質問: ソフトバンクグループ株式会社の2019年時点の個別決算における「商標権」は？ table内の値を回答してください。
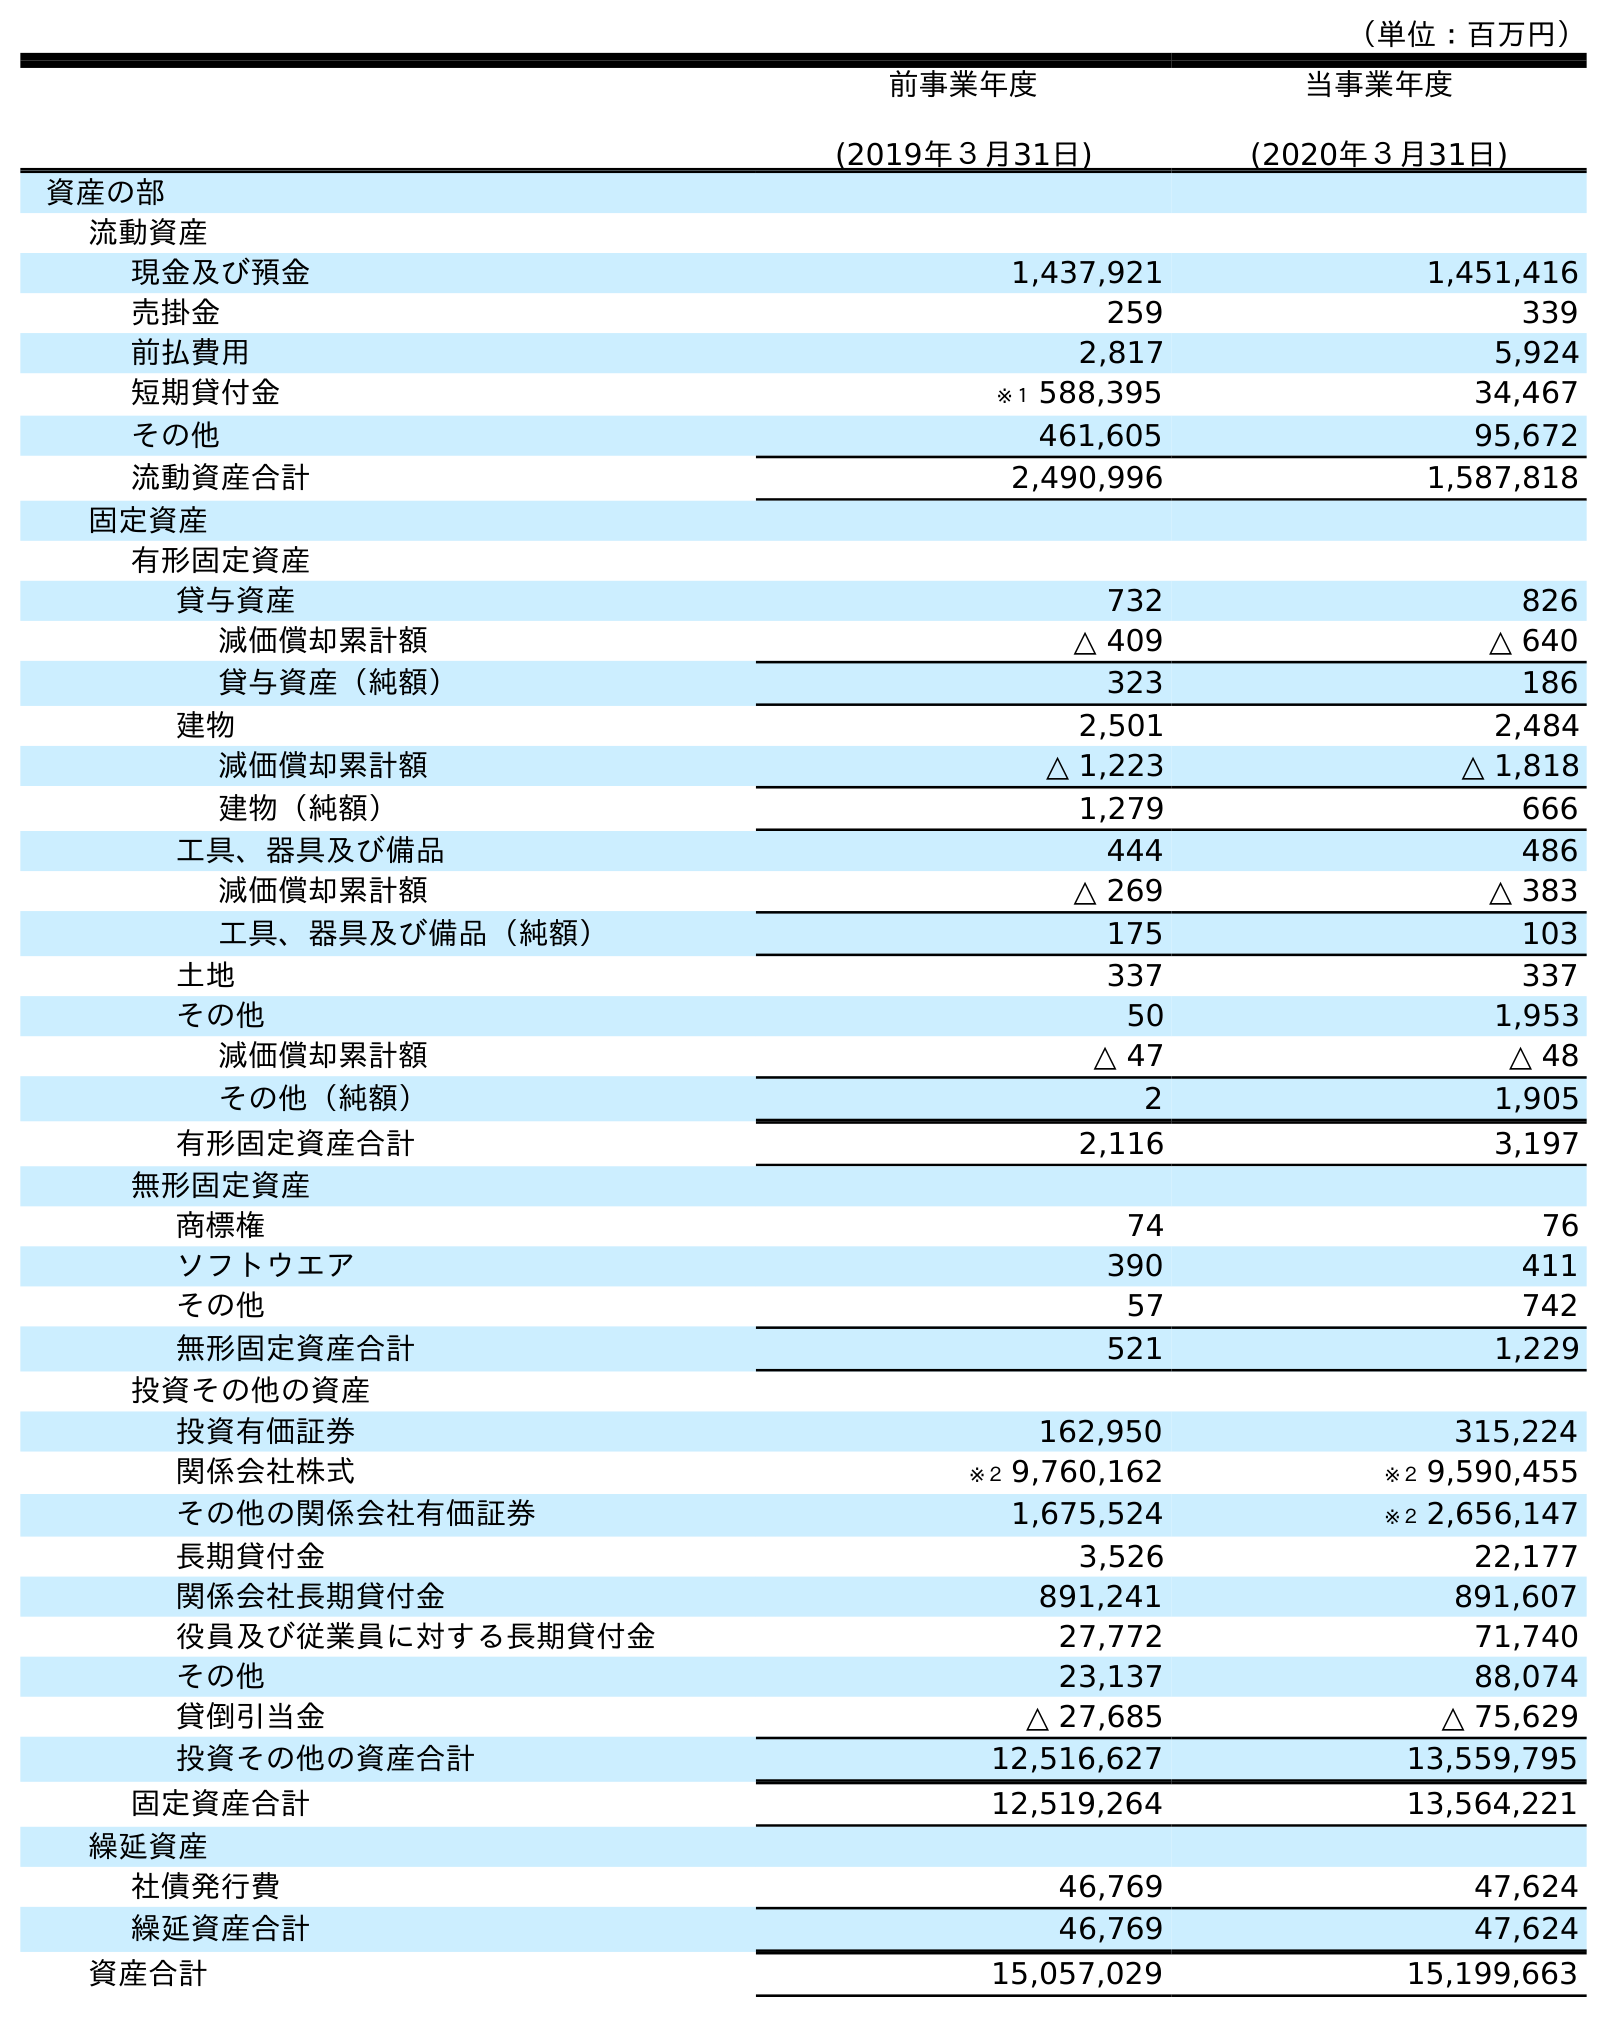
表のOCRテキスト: （単位：百万円） 前事業年度 (2019年３月31日) 当事業年度 (2020年３月31日) 資産の部 流動資産 現金及び預金 1,437,921 1,451,416 売掛金 259 339 前払費用 2,817 5,924 短期貸付金 ※１ 588,395 34,467 その他 461,605 95,672 流動資産合計 2,490,996 1,587,818 固定資産 有形固定資産 貸与資産 732 826 減価償却累計額 △ 409 △ 640 貸与資産（純額） 323 186 建物 2,501 2,484 減価償却累計額 △ 1,223 △ 1,818 建物（純額） 1,279 666 工具、器具及び備品 444 486 減価償却累計額 △ 269 △ 383 工具、器具及び備品（純額） 175 103 土地 337 337 その他 50 1,953 減価償却累計額 △ 47 △ 48 その他（純額） 2 1,905 有形固定資産合計 2,116 3,197 無形固定資産 商標権 74 76 ソフトウエア 390 411 その他 57 742 無形固定資産合計 521 1,229 投資その他の資産 投資有価証券 162,950 315,224 関係会社株式 ※２ 9,760,162 ※２ 9,590,455 その他の関係会社有価証券 1,675,524 ※２ 2,656,147 長期貸付金 3,526 22,177 関係会社長期貸付金 891,241 891,607 役員及び従業員に対する長期貸付金 27,772 71,740 その他 23,137 88,074 貸倒引当金 △ 27,685 △ 75,629 投資その他の資産合計 12,516,627 13,559,795 固定資産合計 12,519,264 13,564,221 繰延資産 社債発行費 46,769 47,624 繰延資産合計 46,769 47,624 資産合計 15,057,029 15,199,663
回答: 74